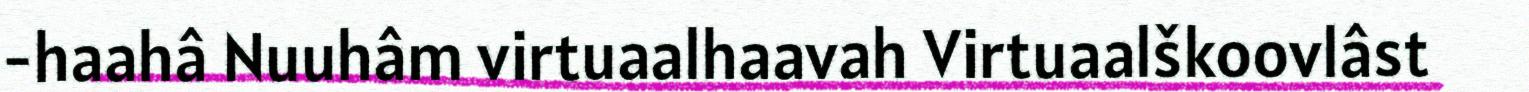
-haahâ Nuuhâm virtuaalhaavah Virtuaalškoovlâst